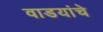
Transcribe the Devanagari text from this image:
वाडयांचे